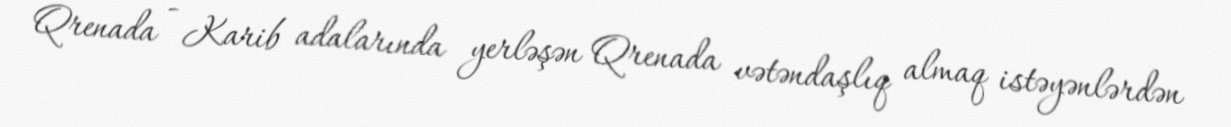
Qrenada - Karib adalarında yerləşən Qrenada vətəndaşlıq almaq istəyənlərdən